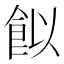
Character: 䬮